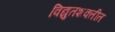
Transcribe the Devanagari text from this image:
विद्युतशक्तीत